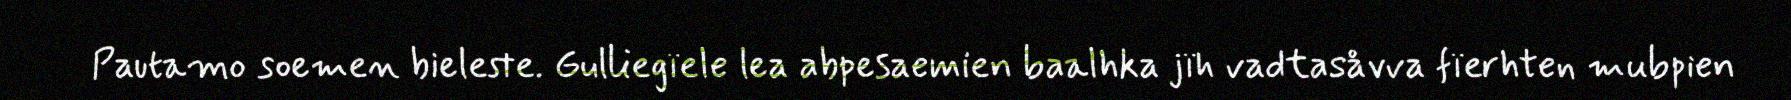
Pautamo soemen bieleste. Gulliegïele lea abpesaemien baalhka jïh vadtasåvva fïerhten mubpien